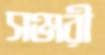
সঞ্জরী